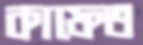
কাফেত